Vaccine operations Central Provinces 1900-1911 - 1900-1911
Year: 1900
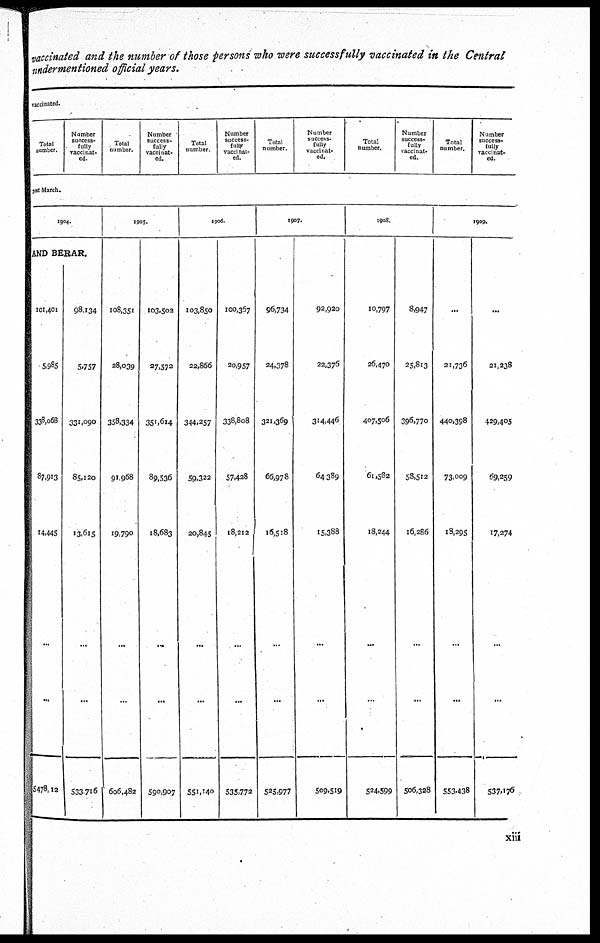
vaccinated and the number of those persons who were successfully vaccinated in the Central
undermentioned official years.
vaccinated.
Total
number.
Number
success-
fully
vaccinat-
ed
Total
number.
Number
success-
fully
vaccinat-
ed.
Total
number.
Number
success-
fully
vaccinat-
ed.
Total
number.
Number
success-
fully
vaccinat-
ed.
Total
number.
Number
success-
fully
vaccinat-
ed.
Total
number.
Number
success-
fully
vaccinat-
ed.
31st March.
1904.
AND BERAR.
101,401
5,985
338,068
87,913
14,445
...
...
5478,12
98,134
5,757
331,090
85,120
13,615
...
...
533,716
1905.
108,351
28,039
358,334
91,968
19,790
...
...
606,482
103,502
27,572
351,614
89,536
18,683
...
...
590,907
1906.
103,850
22,866
344,257
59,322
20,845
...
...
551,140
100,357
20,957
338,808
57,428
18,212
...
...
535,772
1907.
96,734
24,378
321,369
66,978
16,518
...
...
525,977
92,920
22,376
314,446
64,389
15,388
...
...
509,519
1908.
10,797
26,470
407,506
61,582
18,244
...
...
524,599
8,947
25,813
396,770
58,512
16,286
...
...
506,328
1909.
...
21,736
440,398
73,009
18,295
...
...
553,438
...
21,238
429,405
69,259
17,274
...
...
537,176
xiii